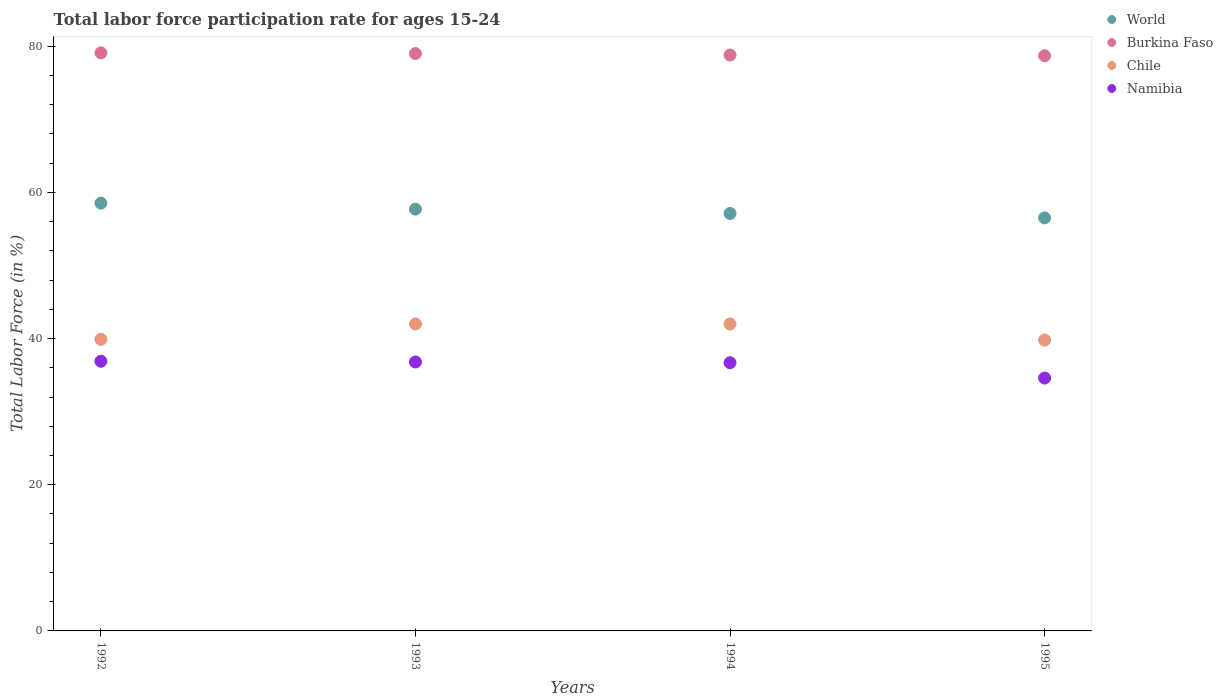
| Years | World | Burkina Faso | Chile | Namibia |
 | --- | --- | --- | --- | --- |
 | 1992 | 58.5 | 79.1 | 39.9 | 36.9 |
 | 1993 | 57.7 | 79 | 42 | 36.8 |
 | 1994 | 57.1 | 78.8 | 42 | 36.7 |
 | 1995 | 56.5 | 78.7 | 39.8 | 34.6 |